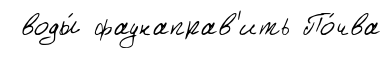
воды́ фаунаправ'ить По́чва